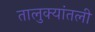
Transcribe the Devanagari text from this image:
तालुक्यांतली